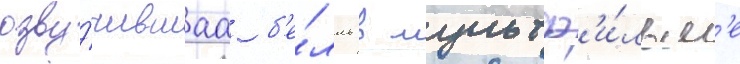
озву́чившаа б'е́лль в мультф'и́льм'е